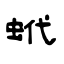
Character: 蚮